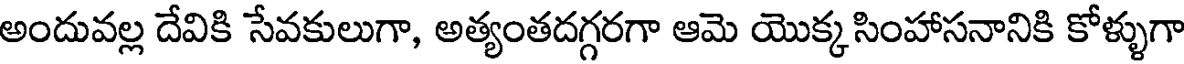
అందువల్ల దేవికి సేవకులుగా, అత్యంతదగ్గరగా ఆమె యొక్కసింహాసనానికి కోళ్ళుగా